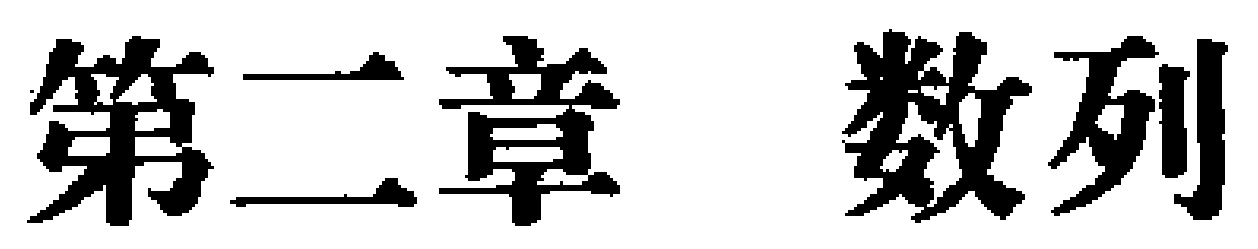
第二章 数列